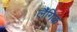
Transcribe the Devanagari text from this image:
लंैगिक